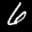
Digit: 6